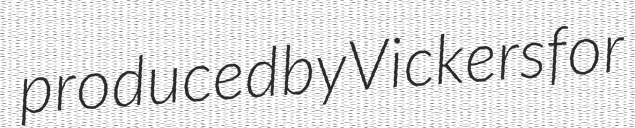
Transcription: produced by Vickers for